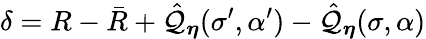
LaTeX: \delta=R-\bar{R}+\hat{\mathcal{Q}}_{\boldsymbol{\eta}}(\sigma^{\prime},\alpha^{\prime})-\hat{\mathcal{Q}}_{\boldsymbol{\eta}}(\sigma,\alpha)